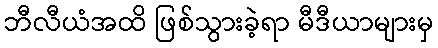
ဘီလီယံအထိ ဖြစ်သွားခဲ့ရာ မီဒီယာများမှ